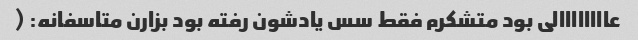
عاااااااالی بود متشکرم فقط سس یادشون رفته بود بزارن متاسفانه: (